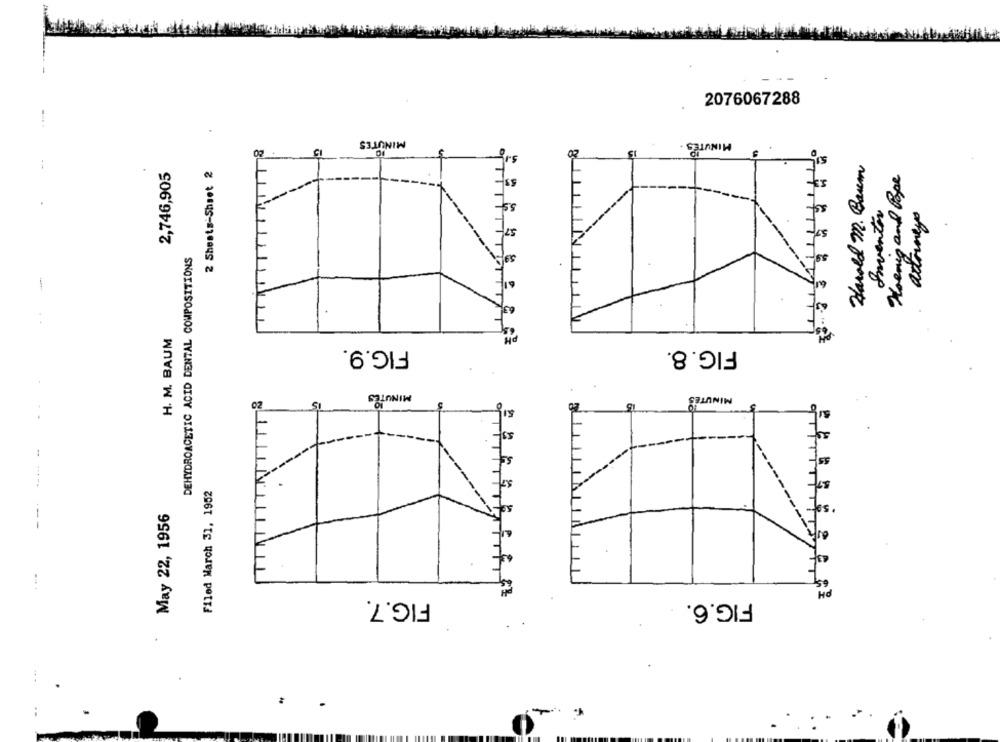
2076067288
MINUTES
MINUTES
2,746,905
2 Sheets-Sheet 2
Harold M. Baum
Hoenig and Pope
Inventor
DEHYDROACETIC ACID DENTAL COMPOSITIONS
-
H. M. BAUM
FIG.9.
FIG.8.
MINUTES
15
MINUTES
Filed March 31, 1952
May 22, 1956
FIG.7.
FIG.6.
-